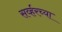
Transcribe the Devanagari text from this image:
सर्व्हरच्या